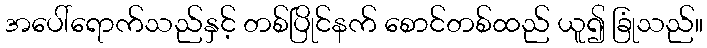
အပေါ်ရောက်သည်နှင့် တစ်ပြိုင်နက် စောင်တစ်ထည် ယူ၍ ခြုံသည်။